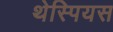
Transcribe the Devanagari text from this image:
थेस्पियस